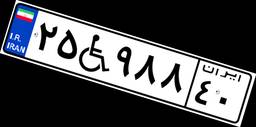
۲۵W۹۸۸۴۰